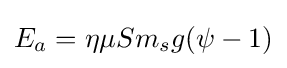
E_{a}=\eta \mu Sm_{s}g(\psi -1)